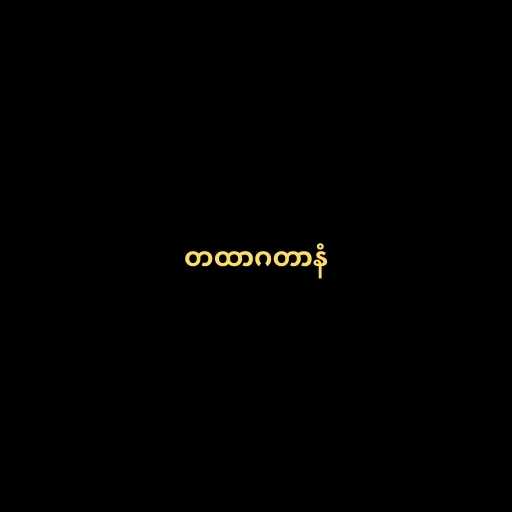
တထာဂတာနံ